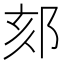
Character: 郂